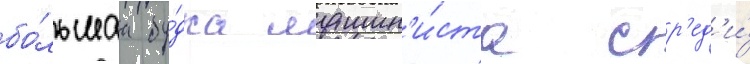
бо́льшаа бу́дка машин'и́ста ср'ед'и́